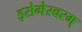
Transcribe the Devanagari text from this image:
इरोमेस्वरम्